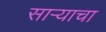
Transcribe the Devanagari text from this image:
साऱ्याचा